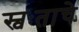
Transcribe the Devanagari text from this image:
स्वःताचे